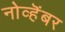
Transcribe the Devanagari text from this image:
नोव्हॆंबर